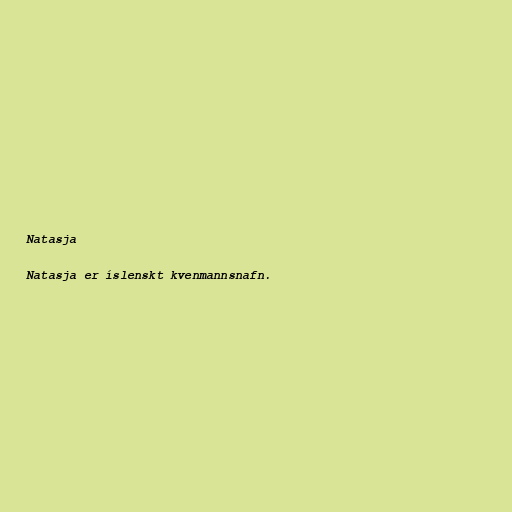
Natasja

Natasja er íslenskt kvenmannsnafn.